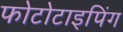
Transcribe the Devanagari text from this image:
फोटोटाइपिंग